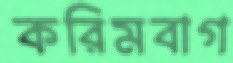
করিমবাগ